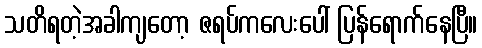
သတိရတဲ့အခါကျတော့ ဇရပ်ကလေးပေါ် ပြန်ရောက်နေပြီ။